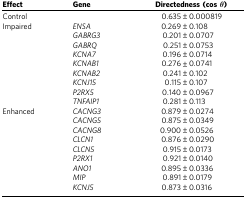
<table><thead><tr><td><b>Effect</b></td><td><b>Gene</b></td><td><b>Directedness (cos<i>θ</i>)</b></td></tr></thead><tbody><tr><td>Control</td><td> </td><td>0.635±0.000819</td></tr><tr><td>Impaired</td><td><i>ENSA</i></td><td>0.269±0.108</td></tr><tr><td> </td><td><i>GABRG3</i></td><td>0.201±0.0707</td></tr><tr><td> </td><td><i>GABRQ</i></td><td>0.251±0.0753</td></tr><tr><td> </td><td><i>KCNA7</i></td><td>0.196±0.0714</td></tr><tr><td> </td><td><i>KCNAB1</i></td><td>0.276±0.0741</td></tr><tr><td> </td><td><i>KCNAB2</i></td><td>0.241±0.102</td></tr><tr><td> </td><td><i>KCNJ15</i></td><td>0.115±0.107</td></tr><tr><td> </td><td><i>P2RX5</i></td><td>0.140±0.0967</td></tr><tr><td> </td><td><i>TNFAIP1</i></td><td>0.281±0.113</td></tr><tr><td>Enhanced</td><td><i>CACNG3</i></td><td>0.879±0.0274</td></tr><tr><td> </td><td><i>CACNG5</i></td><td>0.875±0.0349</td></tr><tr><td> </td><td><i>CACNG8</i></td><td>0.900±0.0526</td></tr><tr><td> </td><td><i>CLCN1</i></td><td>0.876±0.0290</td></tr><tr><td> </td><td><i>CLCN5</i></td><td>0.915±0.0173</td></tr><tr><td> </td><td><i>P2RX1</i></td><td>0.921±0.0140</td></tr><tr><td> </td><td><i>ANO1</i></td><td>0.895±0.0336</td></tr><tr><td> </td><td><i>MIP</i></td><td>0.891±0.0179</td></tr><tr><td> </td><td><i>KCNJ5</i></td><td>0.873±0.0316</td></tr></tbody></table>